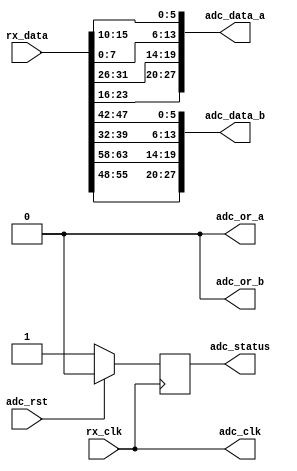
// ***************************************************************************
// ***************************************************************************
// Copyright 2011(c) Analog Devices, Inc.
// 
// All rights reserved.
// 
// Redistribution and use in source and binary forms, with or without modification,
// are permitted provided that the following conditions are met:
//     - Redistributions of source code must retain the above copyright
//       notice, this list of conditions and the following disclaimer.
//     - Redistributions in binary form must reproduce the above copyright
//       notice, this list of conditions and the following disclaimer in
//       the documentation and/or other materials provided with the
//       distribution.
//     - Neither the name of Analog Devices, Inc. nor the names of its
//       contributors may be used to endorse or promote products derived
//       from this software without specific prior written permission.
//     - The use of this software may or may not infringe the patent rights
//       of one or more patent holders.  This license does not release you
//       from the requirement that you obtain separate licenses from these
//       patent holders to use this software.
//     - Use of the software either in source or binary form, must be run
//       on or directly connected to an Analog Devices Inc. component.
//    
// THIS SOFTWARE IS PROVIDED BY ANALOG DEVICES "AS IS" AND ANY EXPRESS OR IMPLIED WARRANTIES,
// INCLUDING, BUT NOT LIMITED TO, NON-INFRINGEMENT, MERCHANTABILITY AND FITNESS FOR A
// PARTICULAR PURPOSE ARE DISCLAIMED.
//
// IN NO EVENT SHALL ANALOG DEVICES BE LIABLE FOR ANY DIRECT, INDIRECT, INCIDENTAL, SPECIAL,
// EXEMPLARY, OR CONSEQUENTIAL DAMAGES (INCLUDING, BUT NOT LIMITED TO, INTELLECTUAL PROPERTY
// RIGHTS, PROCUREMENT OF SUBSTITUTE GOODS OR SERVICES; LOSS OF USE, DATA, OR PROFITS; OR 
// BUSINESS INTERRUPTION) HOWEVER CAUSED AND ON ANY THEORY OF LIABILITY, WHETHER IN CONTRACT,
// STRICT LIABILITY, OR TORT (INCLUDING NEGLIGENCE OR OTHERWISE) ARISING IN ANY WAY OUT OF 
// THE USE OF THIS SOFTWARE, EVEN IF ADVISED OF THE POSSIBILITY OF SUCH DAMAGE.
// ***************************************************************************
// ***************************************************************************
// ***************************************************************************
// ***************************************************************************
// This is the LVDS/DDR interface

`timescale 1ns/100ps

module axi_ad9250_if (

  // jesd interface 
  // rx_clk is (line-rate/40)

  rx_clk,
  rx_data,

  // adc data output

  adc_clk,
  adc_rst,
  adc_data_a,
  adc_data_b,
  adc_or_a,
  adc_or_b,
  adc_status);

  // jesd interface 
  // rx_clk is (line-rate/40)

  input           rx_clk;
  input   [63:0]  rx_data;

  // adc data output

  output          adc_clk;
  input           adc_rst;
  output  [27:0]  adc_data_a;
  output  [27:0]  adc_data_b;
  output          adc_or_a;
  output          adc_or_b;
  output          adc_status;

  // internal registers

  reg             adc_status = 'd0;

  // internal signals

  wire    [15:0]  adc_data_a_s1_s;
  wire    [15:0]  adc_data_a_s0_s;
  wire    [15:0]  adc_data_b_s1_s;
  wire    [15:0]  adc_data_b_s0_s;

  // adc clock is the reference clock

  assign adc_clk = rx_clk;
  assign adc_or_a = 1'b0;
  assign adc_or_b = 1'b0;

  // adc channels

  assign adc_data_a = {adc_data_a_s1_s[13:0], adc_data_a_s0_s[13:0]};
  assign adc_data_b = {adc_data_b_s1_s[13:0], adc_data_b_s0_s[13:0]};

  // data multiplex

  assign adc_data_a_s1_s = {rx_data[25:24], rx_data[23:16], rx_data[31:26]}; 
  assign adc_data_a_s0_s = {rx_data[ 9: 8], rx_data[ 7: 0], rx_data[15:10]};
  assign adc_data_b_s1_s = {rx_data[57:56], rx_data[55:48], rx_data[63:58]}; 
  assign adc_data_b_s0_s = {rx_data[41:40], rx_data[39:32], rx_data[47:42]};

  // status

  always @(posedge rx_clk) begin
    if (adc_rst == 1'b1) begin
      adc_status <= 1'b0;
    end else begin
      adc_status <= 1'b1;
    end
  end

endmodule

// ***************************************************************************
// ***************************************************************************